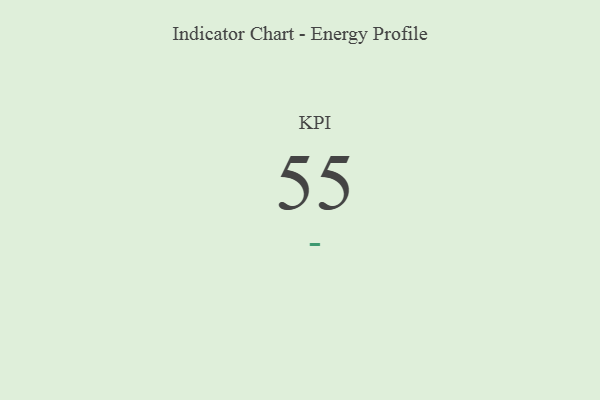
{"axis": {"x": "KPI", "y": "Value"}, "legend": [""], "data": [{"x": "KPI", "y": 55, "type": ""}]}